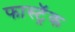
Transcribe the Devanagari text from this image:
फास्ट्रॅक